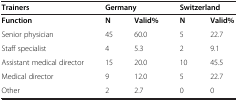
<table><thead><tr><td><b>Trainers</b></td><td colspan="2"><b>Germany</b></td><td colspan="2"><b>Switzerland</b></td></tr></thead><tbody><tr><td><b>Function</b></td><td><b>N</b></td><td><b>Valid%</b></td><td><b>N</b></td><td><b>Valid%</b></td></tr><tr><td>Senior physician</td><td>45</td><td>60.0</td><td>5</td><td>22.7</td></tr><tr><td>Staff specialist</td><td>4</td><td>5.3</td><td>2</td><td>9.1</td></tr><tr><td>Assistant medical director</td><td>15</td><td>20.0</td><td>10</td><td>45.5</td></tr><tr><td>Medical director</td><td>9</td><td>12.0</td><td>5</td><td>22.7</td></tr><tr><td>Other</td><td>2</td><td>2.7</td><td>0</td><td>0</td></tr></tbody></table>